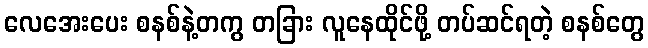
လေအေးပေး စနစ်နဲ့တကွ တခြား လူနေထိုင်ဖို့ တပ်ဆင်ရတဲ့ စနစ်တွေ